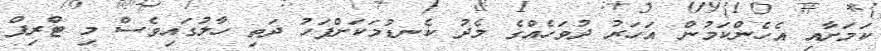
ކަމަށާއި އެހެންކަމުން އަހަރު ދުވަހެއްގެ މެދު ކެނޑުމަކަށްފަހު ދަތި ހާލުގައިވެސް މި ޓްރިޕް